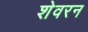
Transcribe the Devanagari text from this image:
शेवरन